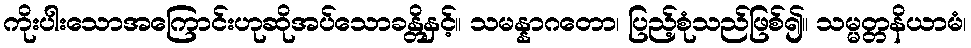
ကိုးပါးသောအကြောင်းဟုဆိုအပ်သောခန္တိနှင့်။ သမန္နာဂတော၊ ပြည့်စုံသည်ဖြစ်၍။ သမ္မတ္တနိယာမံ၊